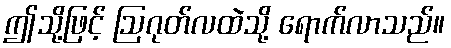
ဤသို့ဖြင့် ဩဂုတ်လထဲသို့ ရောက်လာသည်။